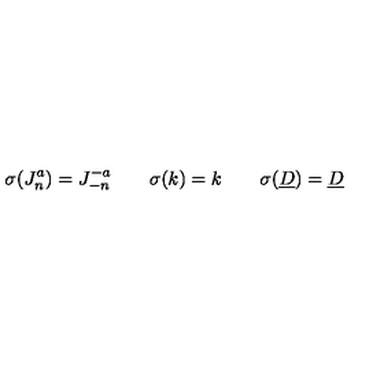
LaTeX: \sigma ( J _ { n } ^ { a } ) = J _ { - n } ^ { - a } \qquad \sigma ( k ) = k \qquad \sigma ( \underline { { D } } ) = \underline { { D } }